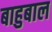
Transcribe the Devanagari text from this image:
बाहुबाल